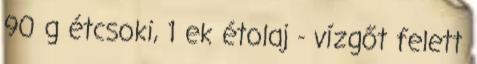
90 g étcsoki, 1 ek étolaj - vízgőt felett